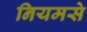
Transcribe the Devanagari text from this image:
नियमसे